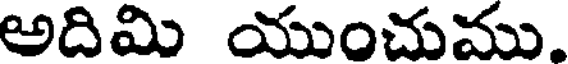
అదిమి యుంచుము.